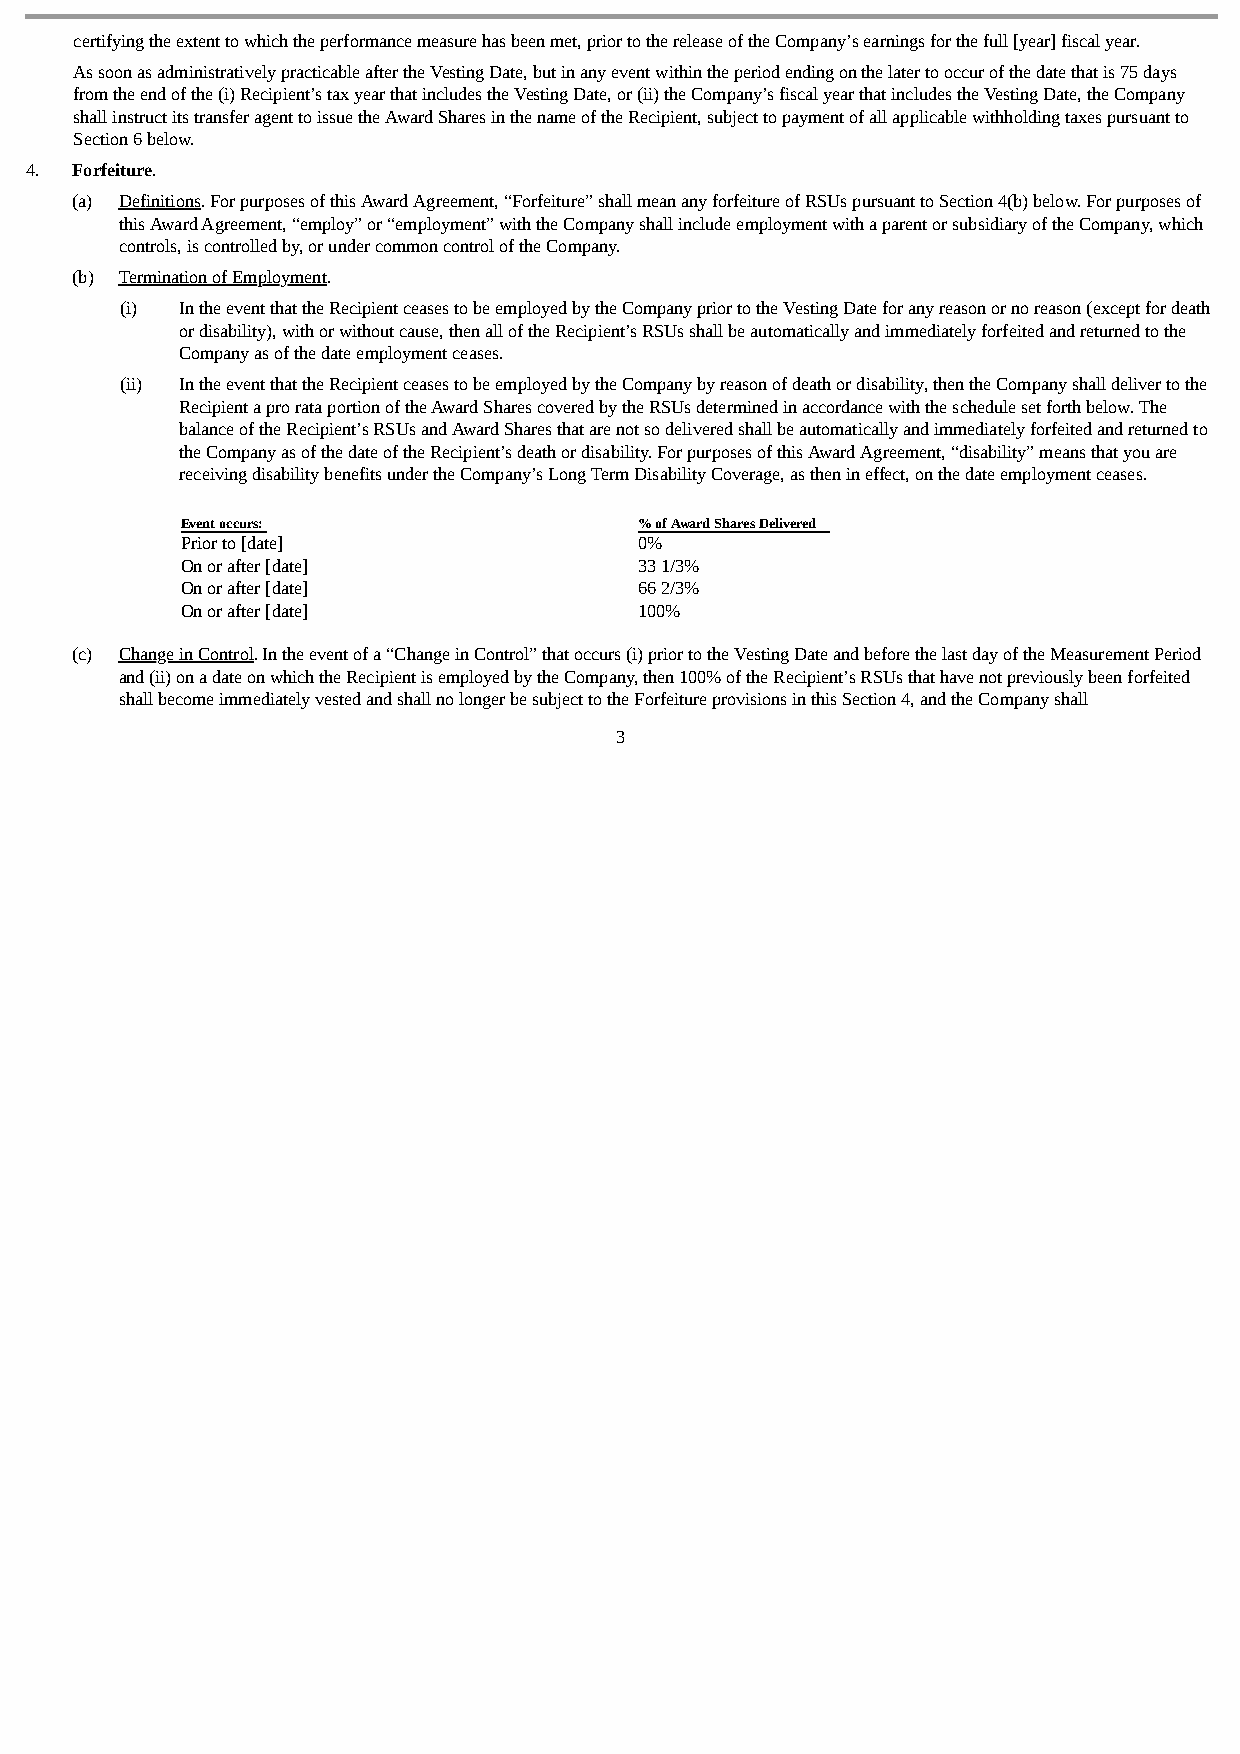
certifying the extent to which the performance measure has been met, prior to the release of the Company’s earnings for the full [year] fiscal year.
 As soon as administratively practicable after the Vesting Date, but in any event within the period ending on the later to occur of the date that is 75 days
 from the end of the (i) Recipient’s tax year that includes the Vesting Date, or (ii) the Company’s fiscal year that includes the Vesting Date, the Company
 shall instruct its transfer agent to issue the Award Shares in the name of the Recipient, subject to payment of all applicable withholding taxes pursuant to
 Section 6 below.
 4. Forfeiture.
 (a) Definitions. For purposes of this Award Agreement, “Forfeiture” shall mean any forfeiture of RSUs pursuant to Section 4(b) below. For purposes of
 this Award Agreement, “employ” or “employment” with the Company shall include employment with a parent or subsidiary of the Company, which
 controls, is controlled by, or under common control of the Company.
 (b) Termination of Employment.
 (i) In the event that the Recipient ceases to be employed by the Company prior to the Vesting Date for any reason or no reason (except for death
 or disability), with or without cause, then all of the Recipient’s RSUs shall be automatically and immediately forfeited and returned to the
 Company as of the date employment ceases.
 (ii) In the event that the Recipient ceases to be employed by the Company by reason of death or disability, then the Company shall deliver to the
 Recipient a pro rata portion of the Award Shares covered by the RSUs determined in accordance with the schedule set forth below. The
 balance of the Recipient’s RSUs and Award Shares that are not so delivered shall be automatically and immediately forfeited and returned to
 the Company as of the date of the Recipient’s death or disability. For purposes of this Award Agreement, “disability” means that you are
 receiving disability benefits under the Company’s Long Term Disability Coverage, as then in effect, on the date employment ceases.
 Event occurs:                 % of Award Shares Delivered
 Prior to [date]               0%
 On or after [date]            33 1/3%
 On or after [date]            66 2/3%
 On or after [date]            100%
 (c) Change in Control. In the event of a “Change in Control” that occurs (i) prior to the Vesting Date and before the last day of the Measurement Period
 and (ii) on a date on which the Recipient is employed by the Company, then 100% of the Recipient’s RSUs that have not previously been forfeited
 shall become immediately vested and shall no longer be subject to the Forfeiture provisions in this Section 4, and the Company shall
 3